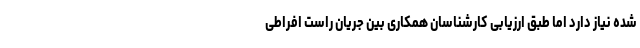
شده نیاز دارد اما طبق ارزیابی کارشناسان همکاری بین جریان راست افراطی